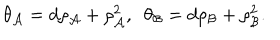
\theta _ { \cal A } = d \rho _ { \cal A } + \rho _ { \cal A } ^ { 2 } , ~ ~ \theta _ { \cal B } = d \rho _ { \cal B } + \rho _ { \cal B } ^ { 2 } .